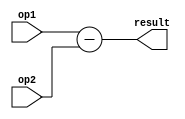
module sub_16bit(
    op1,
    op2,
    result 
);

input[15:0] op1, op2;
output[15:0] result;

assign result = op1 - op2;

endmodule // sub_16bit